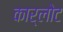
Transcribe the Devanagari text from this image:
कार्लोट